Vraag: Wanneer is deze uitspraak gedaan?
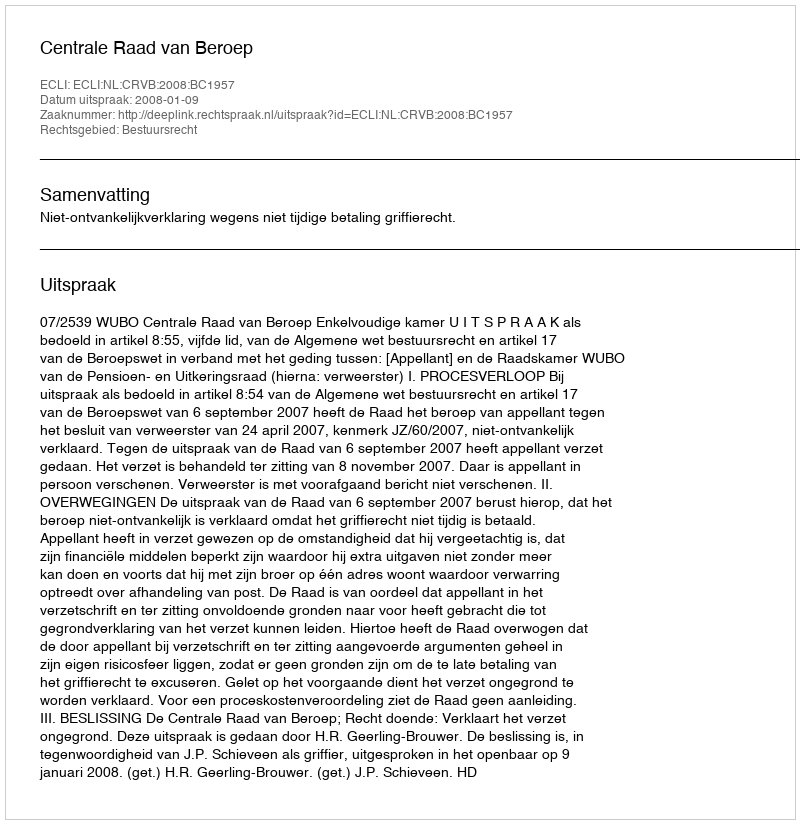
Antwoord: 2008-01-09